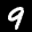
Label: 9